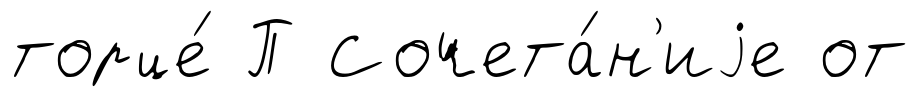
торце́ П Сочета́н'иjе от